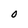
Character: O